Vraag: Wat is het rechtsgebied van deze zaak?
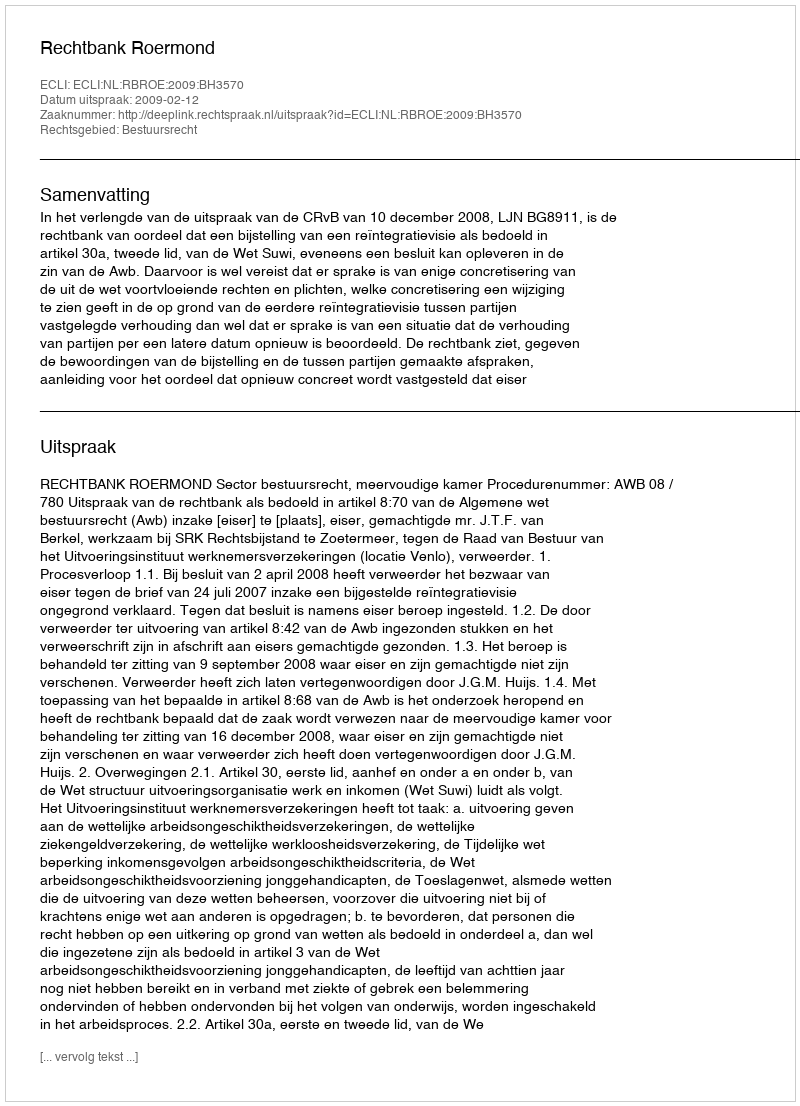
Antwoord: Bestuursrecht